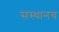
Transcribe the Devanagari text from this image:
संस्थानच